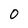
Character: 0